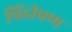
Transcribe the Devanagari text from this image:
पिंडीपण